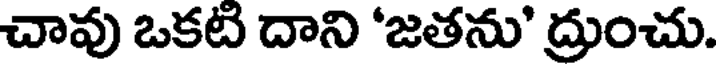
చావు ఒకటి దాని 'జతను' ద్రుంచు.